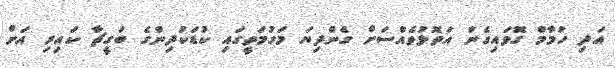
އަދި ހުމާމް ގޮވައިގެން އަތޮޅުވެއްސަށް ގެންދިޔަ މަގުމަތީގައި ކުޑަކުދިންގެ ބަގީޗާ ކައިރި އަށް